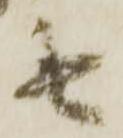
無